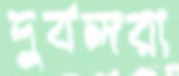
দুর্বলরা